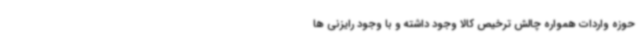
حوزه واردات همواره چالش ترخیص کالا وجود داشته و با وجود رایزنی ها